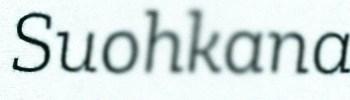
Suohkana